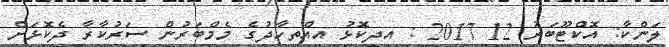
ލަންކާ: އޮކްޓޫބަރު 12 2017 : އިދިކޮޅު އިއްތިހާދުގެ މެމްބަރުން ސަރުކާރާ ދެކޮޅަށް